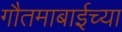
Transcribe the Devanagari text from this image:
गौतमाबाईच्या